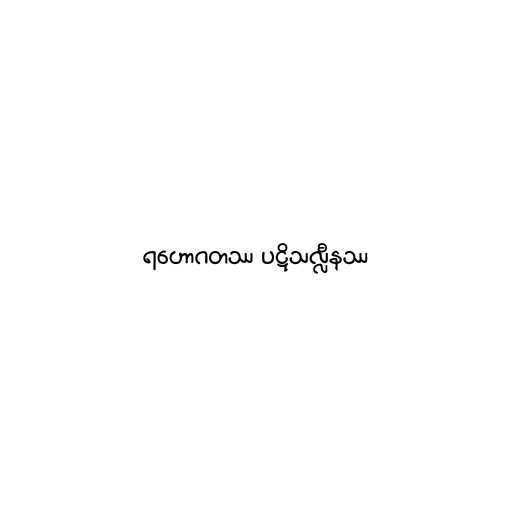
ရဟောဂတဿ ပဋိသလ္လီနဿ